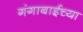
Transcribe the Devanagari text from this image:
गंगाबाईच्या